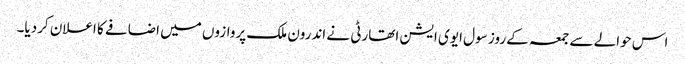
اس حوالے سے جمعہ کے روز سول ایوی ایشن اتھارٹی نے اندرون ملک پروازوں میں اضافے کا اعلان کردیا۔